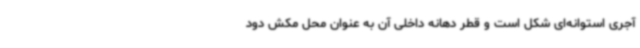
آجری استوانه‌ای شکل است و قطر دهانه داخلی آن به عنوان محل مکش دود